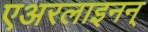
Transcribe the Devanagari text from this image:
एअरलाइनन्